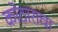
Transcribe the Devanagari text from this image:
कोठाराचा